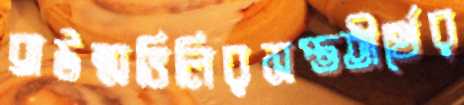
ব্রাউন্সভিলিরসপ্ততীর্থের